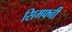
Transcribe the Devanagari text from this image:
सिमफ्नी